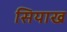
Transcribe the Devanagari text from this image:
सियाख